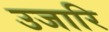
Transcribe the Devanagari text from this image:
उजारि